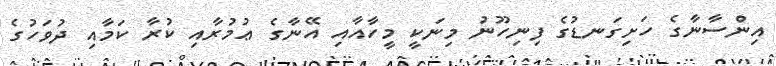
އިންސާނާގެ ހަށިގަނޑުގެ ފިނިހޫނު މިނަކީ މީހާއާއި އޭނާގެ ޢުމުރާއި ކުރާ ކަމާއި ދުވަހުގެ